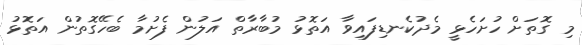
މި ގޮތަށް ހުށަހެޅީ މެދުކެނޑިފައިވާ އަތޮޅު މުބާރާތް އަލުން ފެށުމާ ބެހޭގޮތުން އަތޮޅު